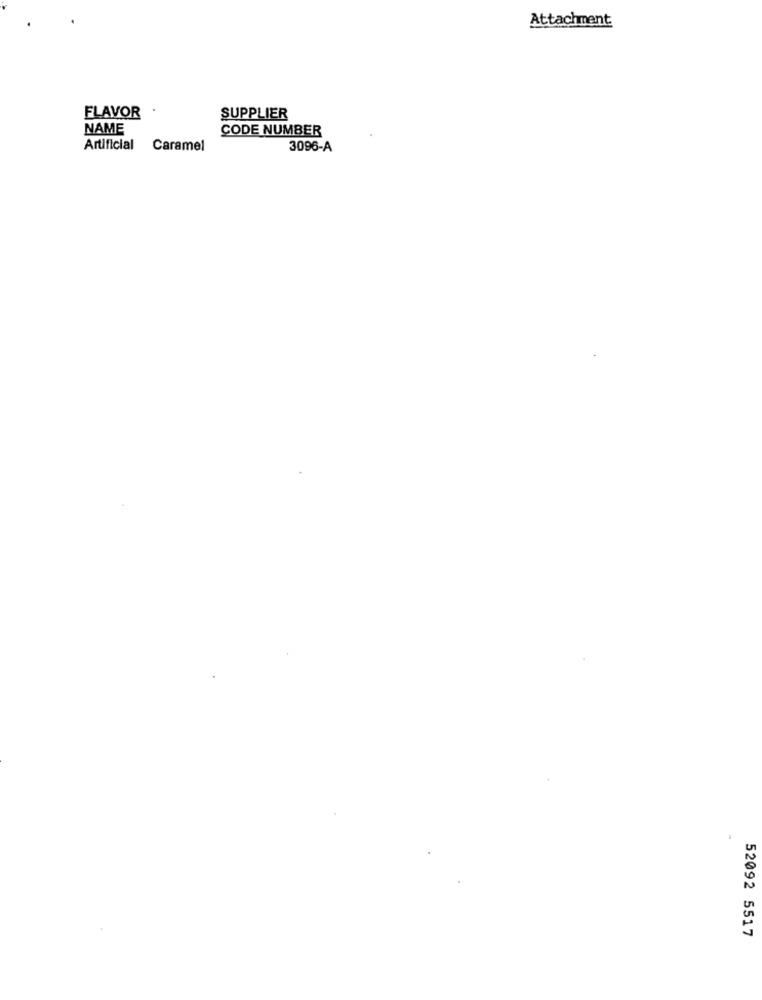
Attachment
FLAVOR
SUPPLIER
NAME
CODE NUMBER
Artificial Caramel
3096-A
52092 5517